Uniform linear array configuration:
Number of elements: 8
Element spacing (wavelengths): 1
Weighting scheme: kaiser
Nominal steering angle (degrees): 45
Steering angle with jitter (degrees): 43.59
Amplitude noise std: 0.05
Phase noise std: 0.05

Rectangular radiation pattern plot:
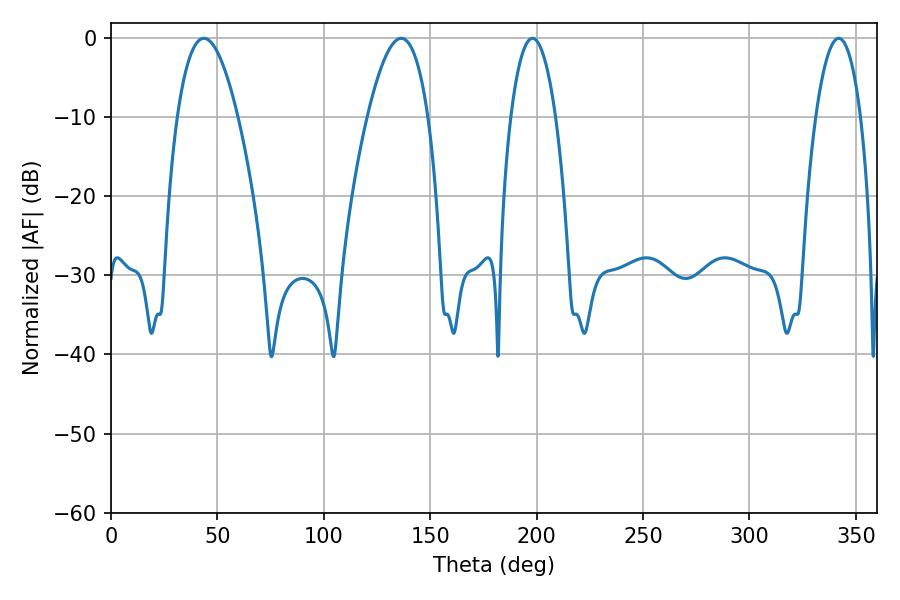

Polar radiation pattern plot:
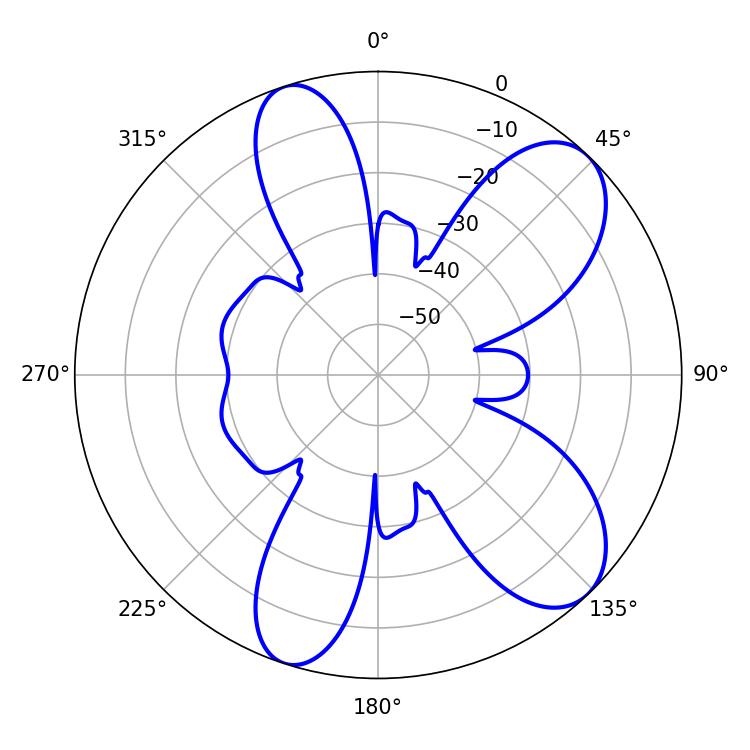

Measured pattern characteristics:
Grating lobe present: TRUE
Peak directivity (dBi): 8.67
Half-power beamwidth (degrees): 11.7
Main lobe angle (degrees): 198